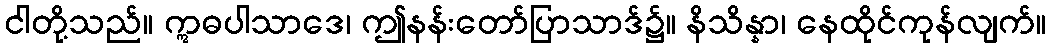
ငါတို့သည်။ ဣဓပါသာဒေ၊ ဤနန်းတော်ပြာသာဒ်၌။ နိသိန္နာ၊ နေထိုင်ကုန်လျက်။